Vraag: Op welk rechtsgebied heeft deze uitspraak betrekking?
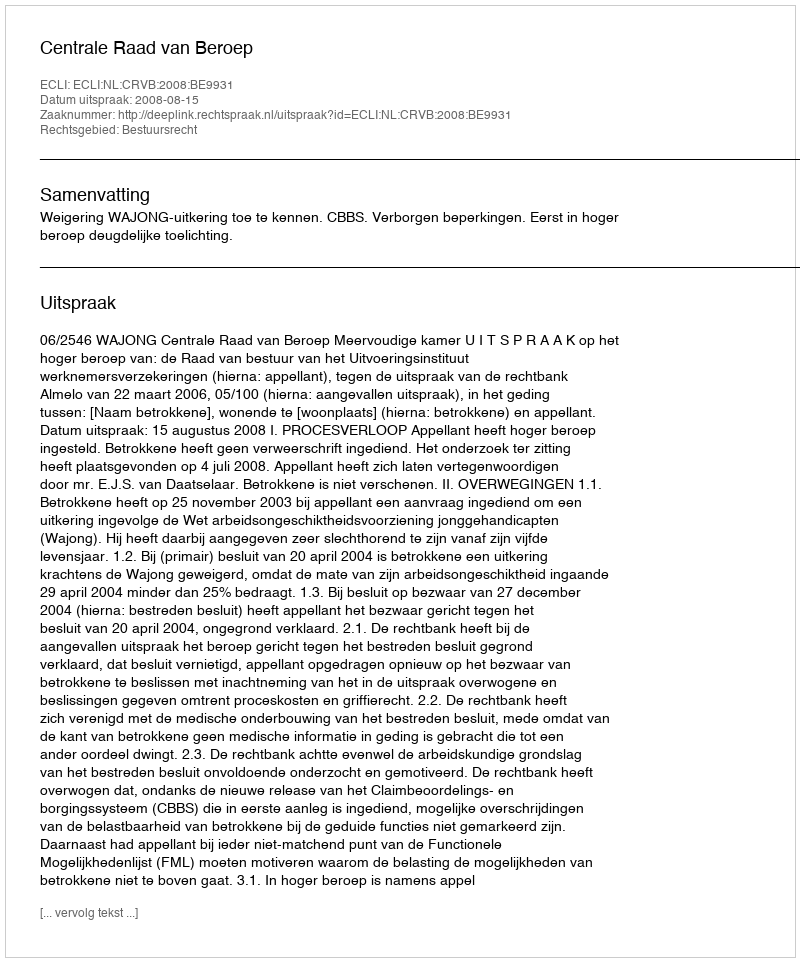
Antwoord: Bestuursrecht